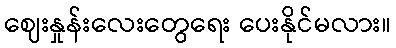
ဈေးနှုန်းလေးတွေရေး ပေးနိုင်မလား။